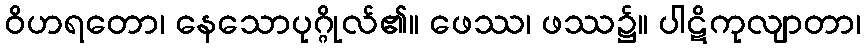
ဝိဟရတော၊ နေသောပုဂ္ဂိုလ်၏။ ဖေဿ၊ ဖဿ၌။ ပါဋိကုလျာတာ၊